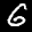
Label: 6